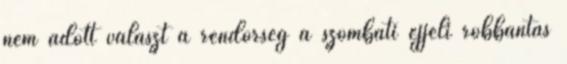
nem adott választ a rendőrség a szombati éjjeli robbantás